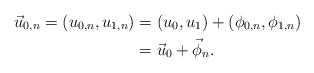
\begin{align*}\vec{u}_{0, n} = (u_{0, n}, u_{1, n}) & = (u_0, u_1) + (\phi_{0, n}, \phi_{1, n}) \\& = \vec u_0 + \vec \phi_{n}.\end{align*}